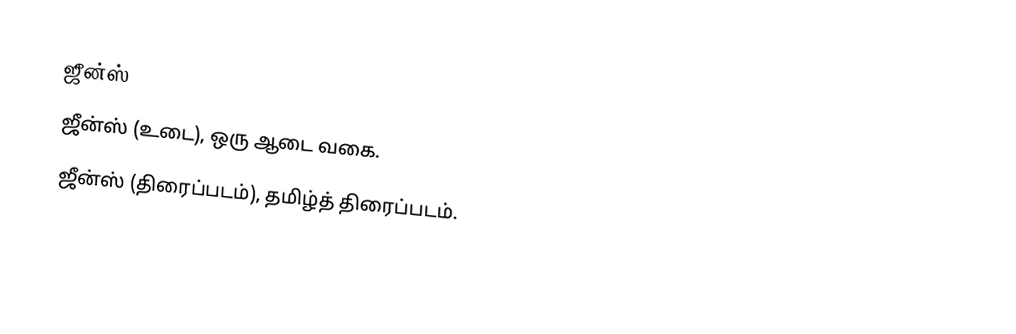
ஜீன்ஸ்
ஜீன்ஸ் (உடை), ஒரு ஆடை வகை.
ஜீன்ஸ் (திரைப்படம்), தமிழ்த் திரைப்படம்.